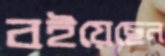
বইয়েছেন